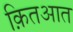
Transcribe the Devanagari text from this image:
क़ितआत